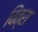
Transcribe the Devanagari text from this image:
विंत्रा